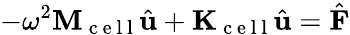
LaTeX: -\omega^{2}\mathbf{M}_{\mathrm{~c~e~l~l~}}\hat{\mathbf{u}}+\mathbf{K}_{\mathrm{~c~e~l~l~}}\hat{\mathbf{u}}=\hat{\mathbf{F}}